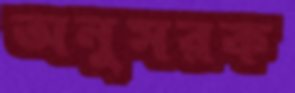
অনুসরক